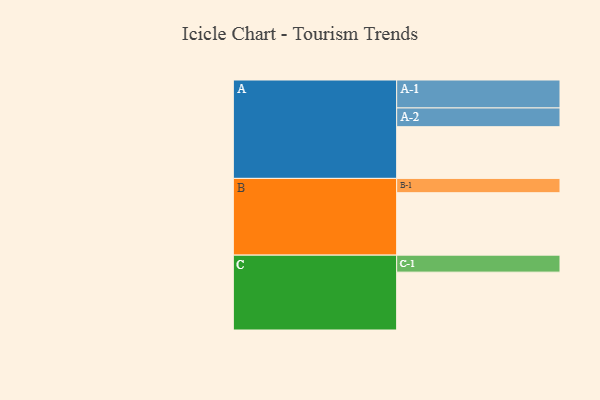
{"axis": {"x": "Segment", "y": "Value"}, "legend": ["", "A", "B", "C"], "data": [{"x": "A", "y": 444, "type": ""}, {"x": "B", "y": 536, "type": ""}, {"x": "C", "y": 497, "type": ""}, {"x": "A-1", "y": 240, "type": "A"}, {"x": "A-2", "y": 161, "type": "A"}, {"x": "B-1", "y": 123, "type": "B"}, {"x": "C-1", "y": 146, "type": "C"}]}